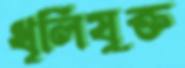
ধূলিযুক্ত